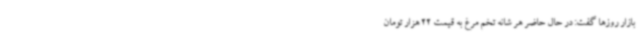
بازار روزها گفت: در حال حاضر هر شانه تخم مرغ به قیمت 22 هزار تومان